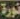
ثورة